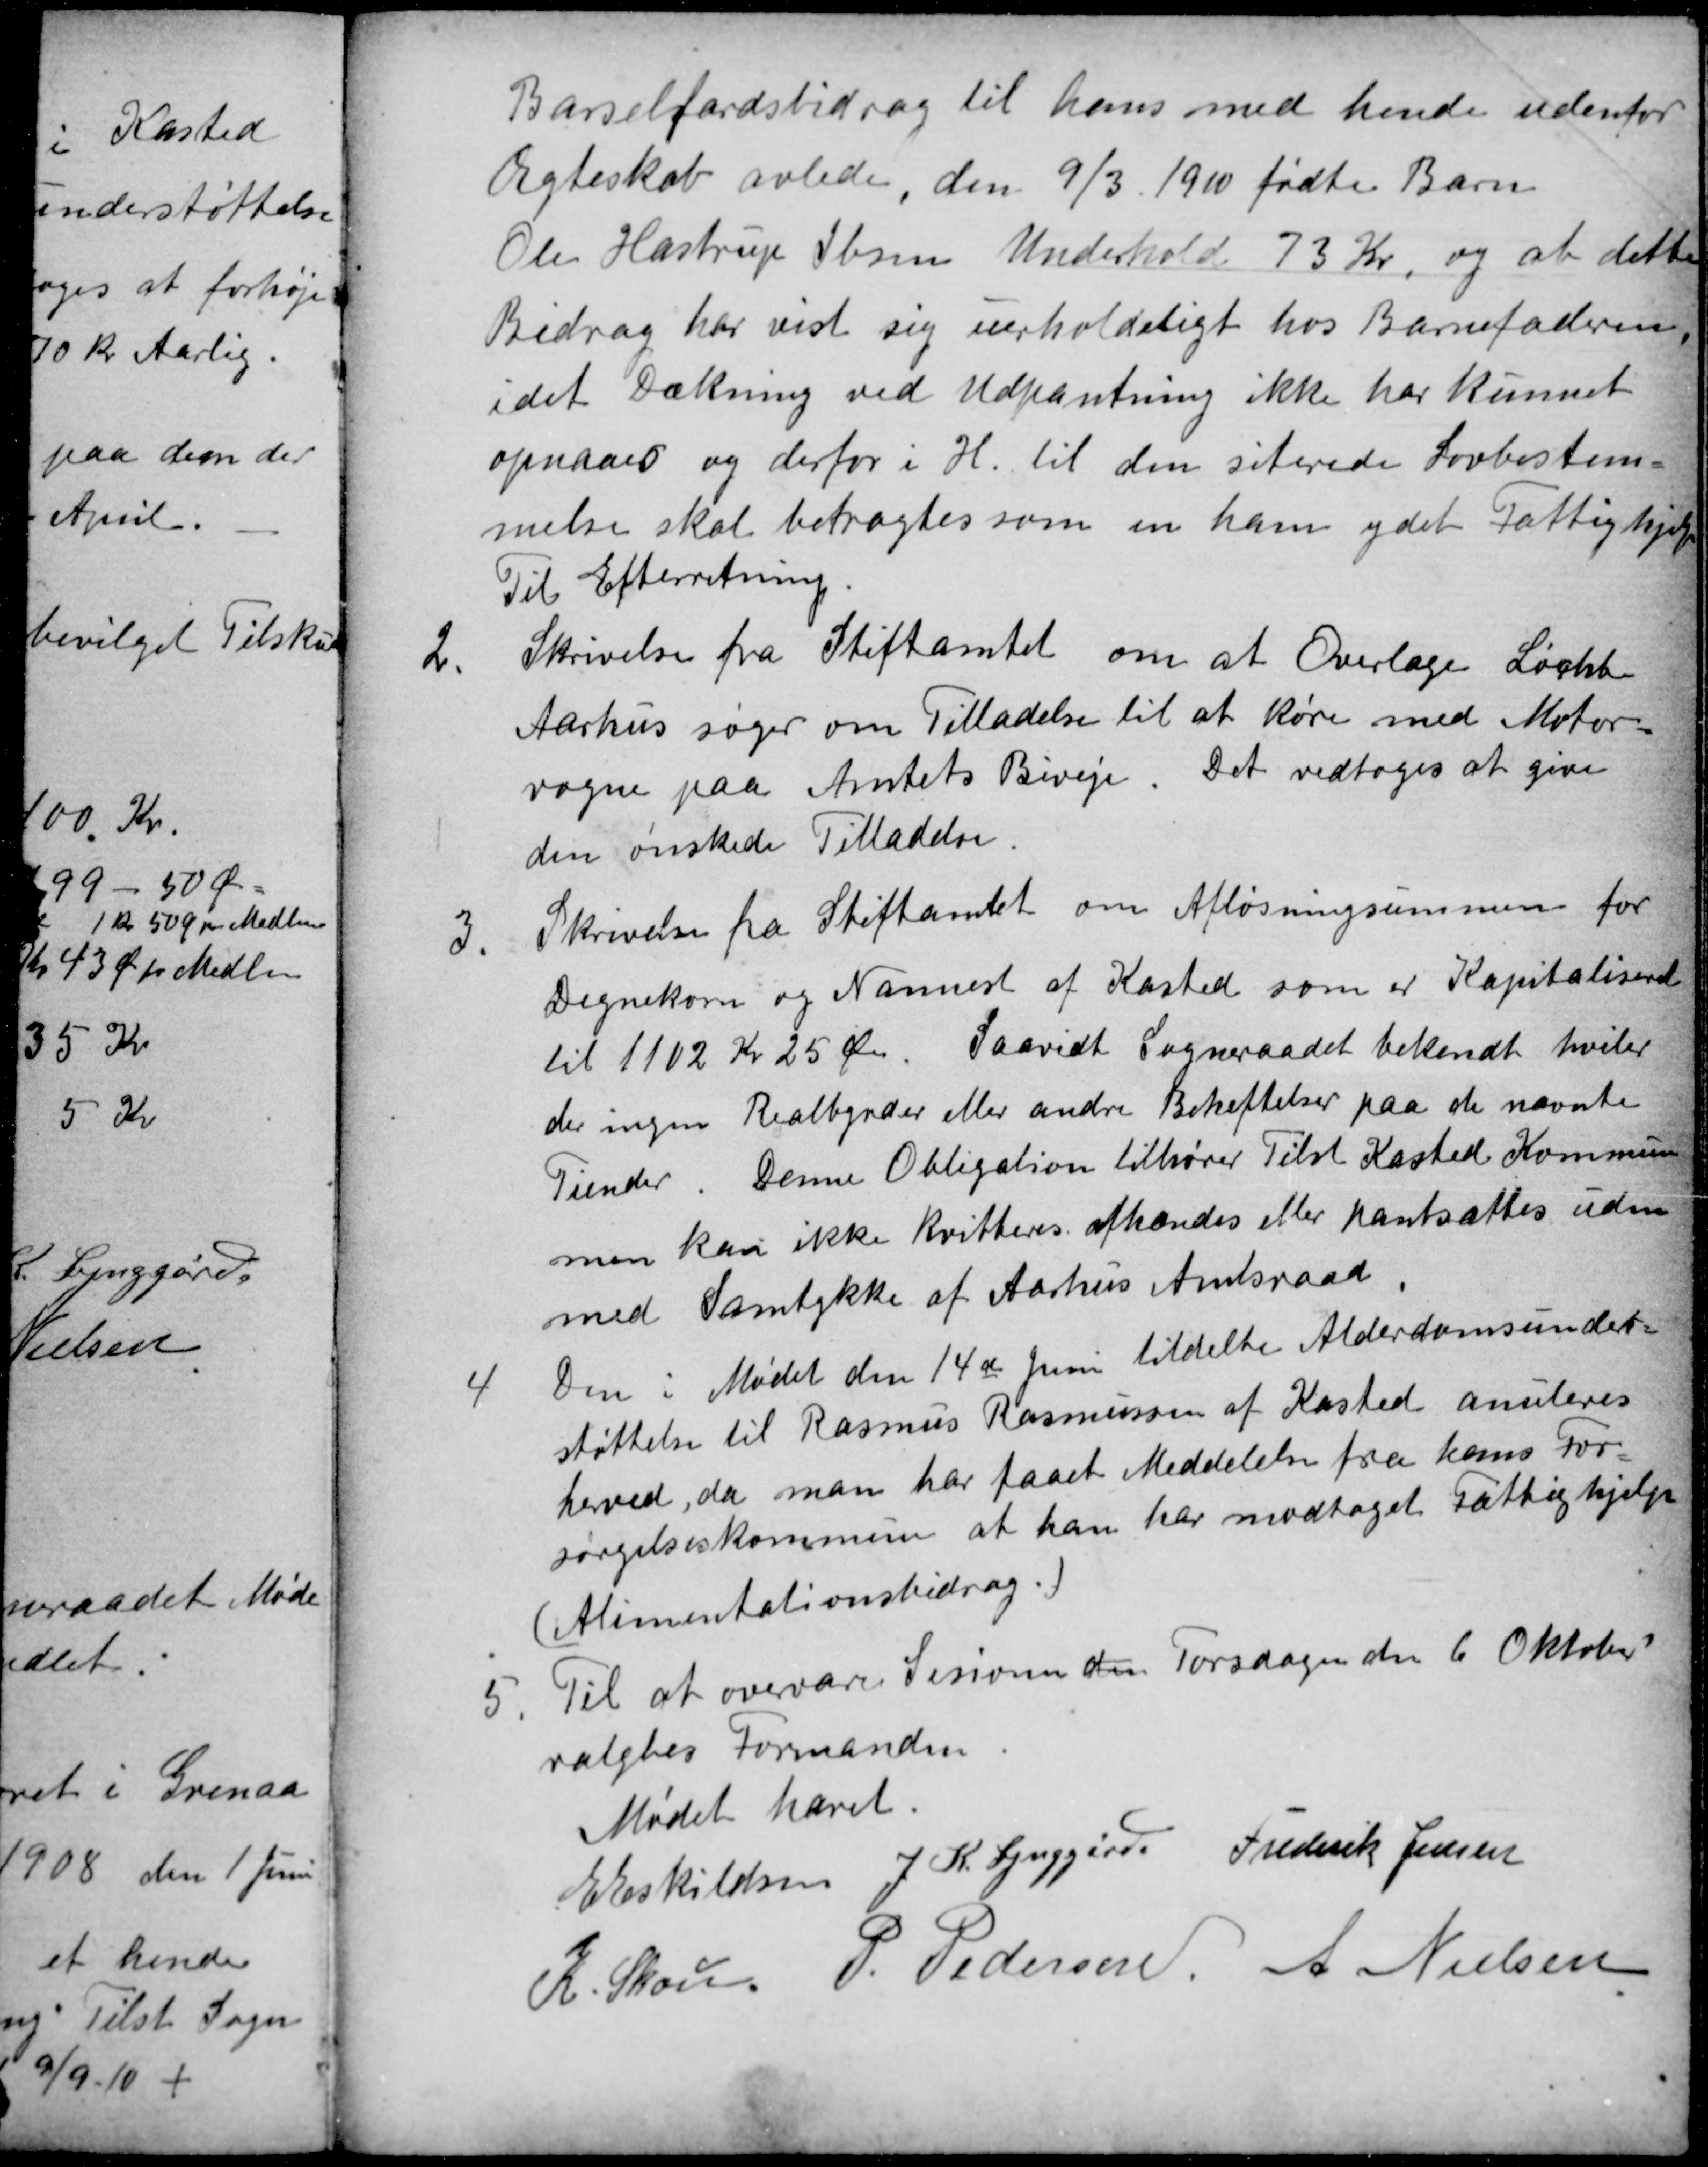
Transskription:
Barselsfærdsbidrag til hans med hende udenfor
Ægteskab avlede, den 9/3 1910 fødte Barn
Ole Hastrup Ibsens Underhold 73 Kr, og at dette
Bidrag har vist sig uerholdeligt hos Barnefaderen,
idet Dækning ved Udpantning ikke har kunnet
opnaaes og derfor i H. til den siterede Lovbestem-
melse skal betragtes som en ham ydet Fattighjælp
Til Efterretning.
2.
Skrivelse fra Stiftamtet om at Overlæge Løchte
Aarhus søger om Tilladelse til at køre med Motor-
vogne paa Amtets Biveje. Det vedtoges at give
den ønskede Tilladelse.
3.
Skrivelse fra Stiftamtet om Afløsningssummen for
Degnekorn og Nannest af Kasted som er Kapitaliseret
til 1102 Kr 25 Øre. Saavidt Sogneraadet bekendt hviler
der ingen Realbyrder eller andre Beheftelser paa de nævnte
Tiender. Denne Obligation tilhører Tilst Kasted Kommune
men kan ikke kvitteres. afhændes eller pantsættes uden
med Samtykke af Aarhus Amtsraad.
4
Den i Mødet den 14de Juni tildelte Alderdomsunder
støttelse til Rasmus Rasmussen af Kasted anuleres
herved, da man har faaet Meddelelse fra hans For
sørgelseskommune at han har modtaget Fattighjælp
(Alimentationsbidrag.)
5.
Til at overvære Sesionen den Torsdagen den 6 Oktober
valgtes Formanden
Mødet hævet.
E Eskildsen
J. K. Lynggård
Frederik Jensen
K Skou.
P. Pedersen
A Nielsen